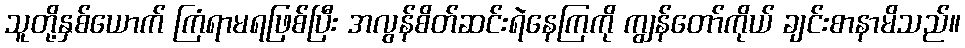
သူတို့နှစ်ယောက် ကြံရာမရဖြစ်ပြီး အလွန်စိတ်ဆင်းရဲနေကြကို ကျွန်တော်ကိုယ် ချင်းစာနာမိသည်။